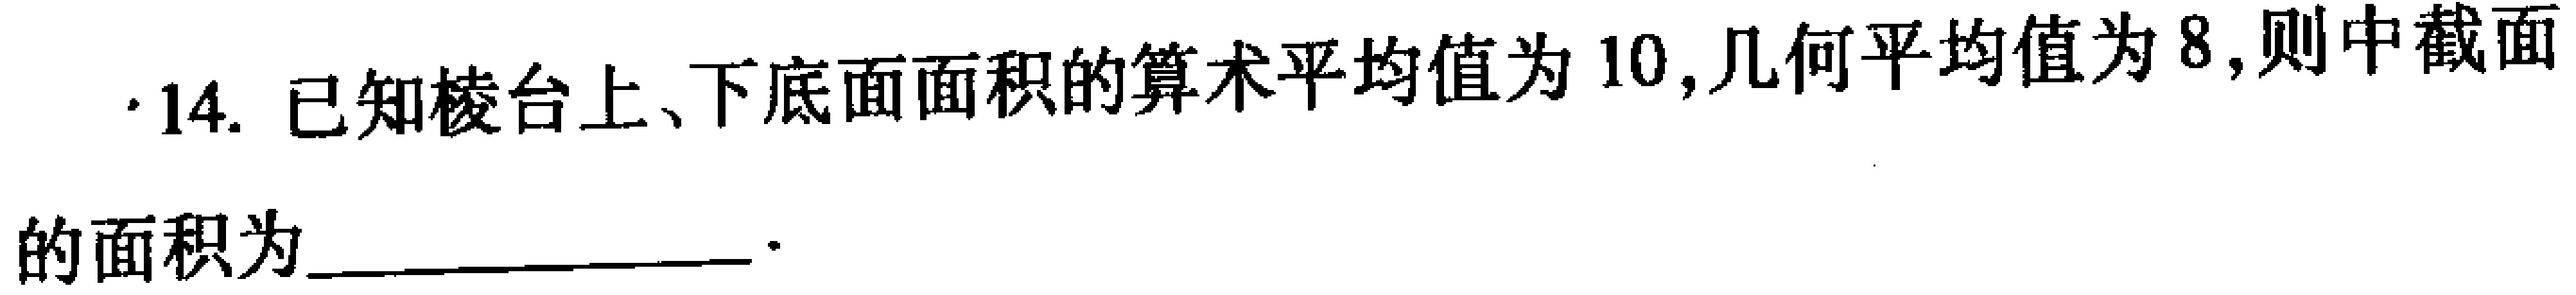
14. 已知棱台上、下底面面积的算术平均值为 \(10\)，几何平均值为 \(8\)，则中截面的面积为 __________________ 。